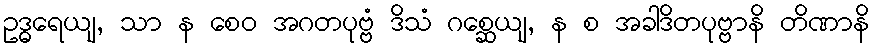
ဥဒ္ဓရေယျ, သာ န စေဝ အဂတပုဗ္ဗံ ဒိသံ ဂစ္ဆေယျ, န စ အခါဒိတပုဗ္ဗာနိ တိဏာနိ